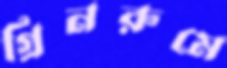
গ্রিনরুমে